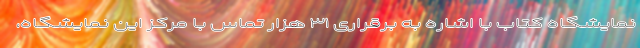
نمایشگاه کتاب با اشاره به برقراری ۳۱ هزار تماس با مرکز این نمایشگاه،